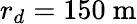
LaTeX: r_{d}=150~\mathrm{m}